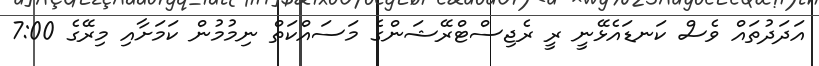
އަދަދުތައް ވެސް ކަނޑައެޅޭނީ ރީ ރެޖިސްޓްރޭޝަންގެ މަސައްކަތް ނިމުމުން ކަމަށާއި މިރޭގެ 7:00